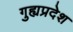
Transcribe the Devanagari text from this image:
गुह्यप्रदेश